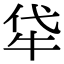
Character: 牮